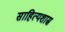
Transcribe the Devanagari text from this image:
साहित्यशास्र